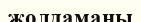
жолдаманы